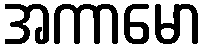
အကာမော